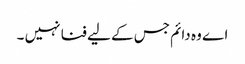
اے وہ دائم جس کے لیے فنا نہیں ۔